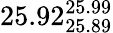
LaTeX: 25.92_{25.89}^{25.99}